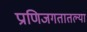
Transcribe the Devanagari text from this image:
प्राणिजगतातल्या